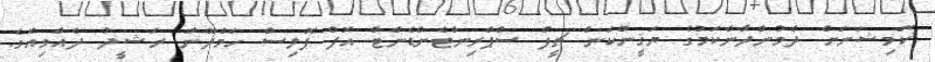
ކޮމިޝަނަށް ދެމުންދާނެކަމުގެ ޔަޤީންކަން ޗީފް ސްޕްރިންޓެންޑެންޓް އޮފް ޕޮލިސް ހަމްދޫން ރަޝީދު ދެއްވިއެވެ.